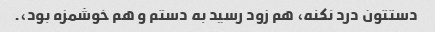
دستتون درد نکنه، هم زود رسید به دستم و هم خوشمزه بود،.